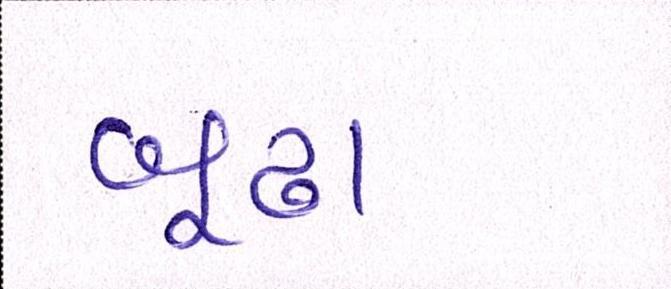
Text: બૂઢા